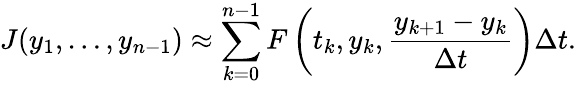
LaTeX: J(y_{1},\ldots,y_{n-1})\approx\sum_{k=0}^{n-1}F\left(t_{k},y_{k},{\frac{y_{k+1}-y_{k}}{\Delta t}}\right)\Delta t.